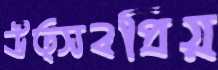
উত্সবপ্রিয়